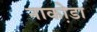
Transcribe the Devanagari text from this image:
नाका़ेडा